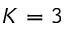
K = 3